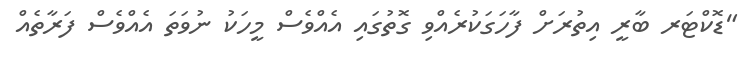
"ޑޮކްޓަރ ބާރީ އިތުރަށް ފާހަގަކުރެއްވި ގޮތުގައި އެއްވެސް މީހަކު ނުވަތަ އެއްވެސް ފަރާތެއް